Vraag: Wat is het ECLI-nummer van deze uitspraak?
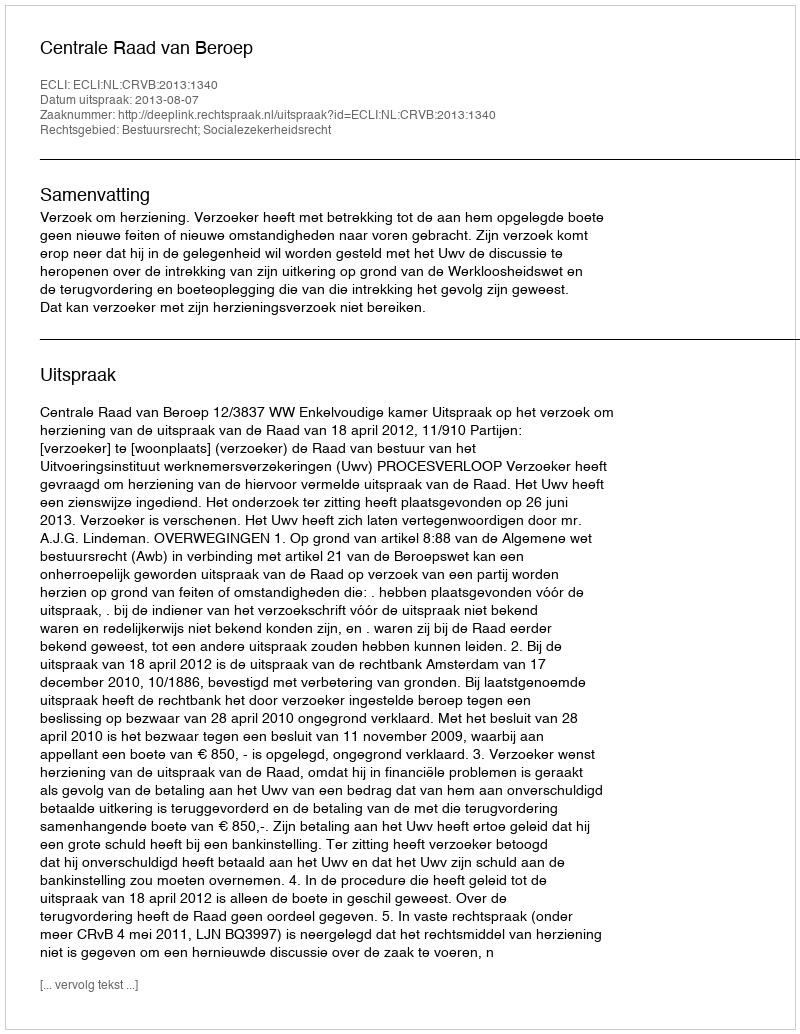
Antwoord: ECLI:NL:CRVB:2013:1340